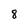
Character: 8